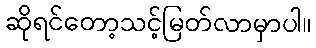
ဆိုရင်တော့သင့်မြတ်လာမှာပါ။